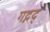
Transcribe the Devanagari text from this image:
गद्गद्